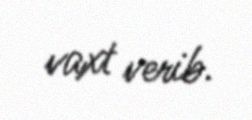
vaxt verib.